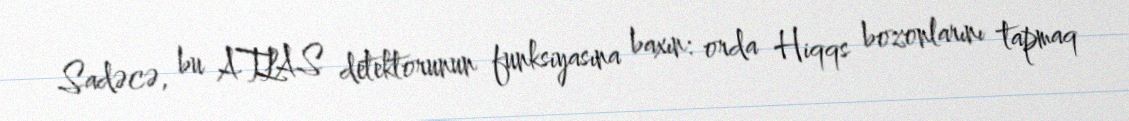
Sadəcə, bu ATLAS detektorunun funksiyasına baxın: orda Hiqqs bozonlarını tapmaq